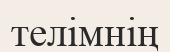
телімнің